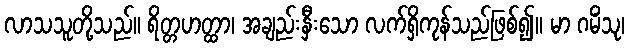
လာသသူတို့သည်။ ရိတ္တဟတ္ထာ၊ အချည်းနှီးသော လက်ရှိကုန်သည်ဖြစ်၍။ မာ ဂမိံသု၊